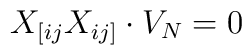
X_{[ij}X_{ij]} \cdot V_N =0